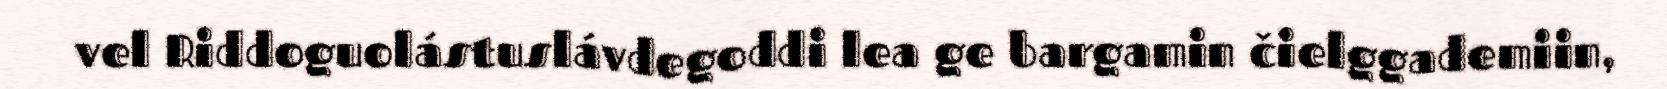
vel Riddoguolástuslávdegoddi lea ge bargamin čielggademiin,